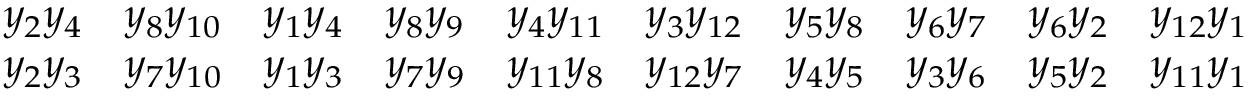
\begin{array} { r l r l r l r l r l } { { y _ { 2 } y _ { 4 } } } & { { y _ { 8 } y _ { 1 0 } } } & { { y _ { 1 } y _ { 4 } } } & { { y _ { 8 } y _ { 9 } } } & { { y _ { 4 } y _ { 1 1 } } } & { { y _ { 3 } y _ { 1 2 } } } & { { y _ { 5 } y _ { 8 } } } & { { y _ { 6 } y _ { 7 } } } & { { y _ { 6 } y _ { 2 } } } & { { y _ { 1 2 } y _ { 1 } } } \\ { { y _ { 2 } y _ { 3 } } } & { { y _ { 7 } y _ { 1 0 } } } & { { y _ { 1 } y _ { 3 } } } & { { y _ { 7 } y _ { 9 } } } & { { y _ { 1 1 } y _ { 8 } } } & { { y _ { 1 2 } y _ { 7 } } } & { { y _ { 4 } y _ { 5 } } } & { { y _ { 3 } y _ { 6 } } } & { { y _ { 5 } y _ { 2 } } } & { { y _ { 1 1 } y _ { 1 } } } \end{array}